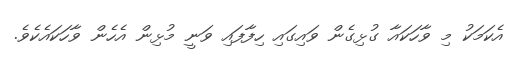
އެކަމަކު މި ވާހަކައާ ގުޅިގެން ވައިގައި ހިފާފައި ވަނީ މުޅިން އެހެން ވާހަކައެކެވެ.